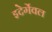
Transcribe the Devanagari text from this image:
इदेर्गेवल